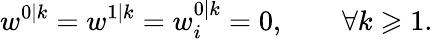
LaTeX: w^{0|k}=w^{1|k}=w_{i}^{0|k}=0,\qquad\forall k\geqslant 1.